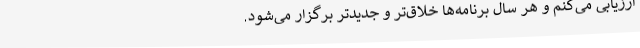
ارزیابی می‌کنم و هر سال برنامه‌ها خلاق‌تر و جدیدتر برگزار می‌شود.